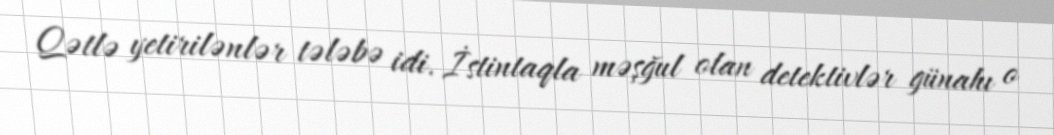
Qətlə yetirilənlər tələbə idi. İstintaqla məşğul olan detektivlər günahı o